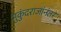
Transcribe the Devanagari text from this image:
मुकुंदराजांनंतर